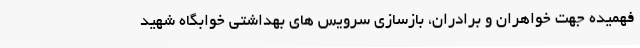
فهمیده جهت خواهران و برادران، بازسازی سرویس های بهداشتی خوابگاه شهید